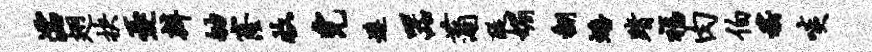
濡翅抉忧辨劬窿收完遵器蒲醍媚翻蟠踏福肉伯嵇啖